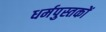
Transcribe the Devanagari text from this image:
धर्मपुस्तकों